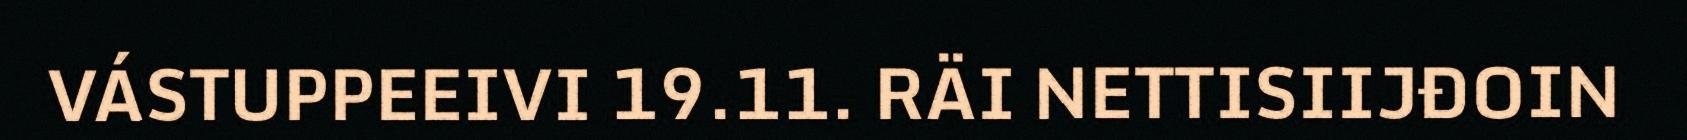
VÁSTUPPEEIVI 19.11. RÄI NETTISIIJĐOIN